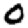
Digit: 0